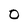
Character: O